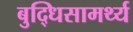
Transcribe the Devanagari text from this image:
बुद्धिसामर्थ्य